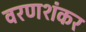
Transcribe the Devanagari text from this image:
वरणशंकर